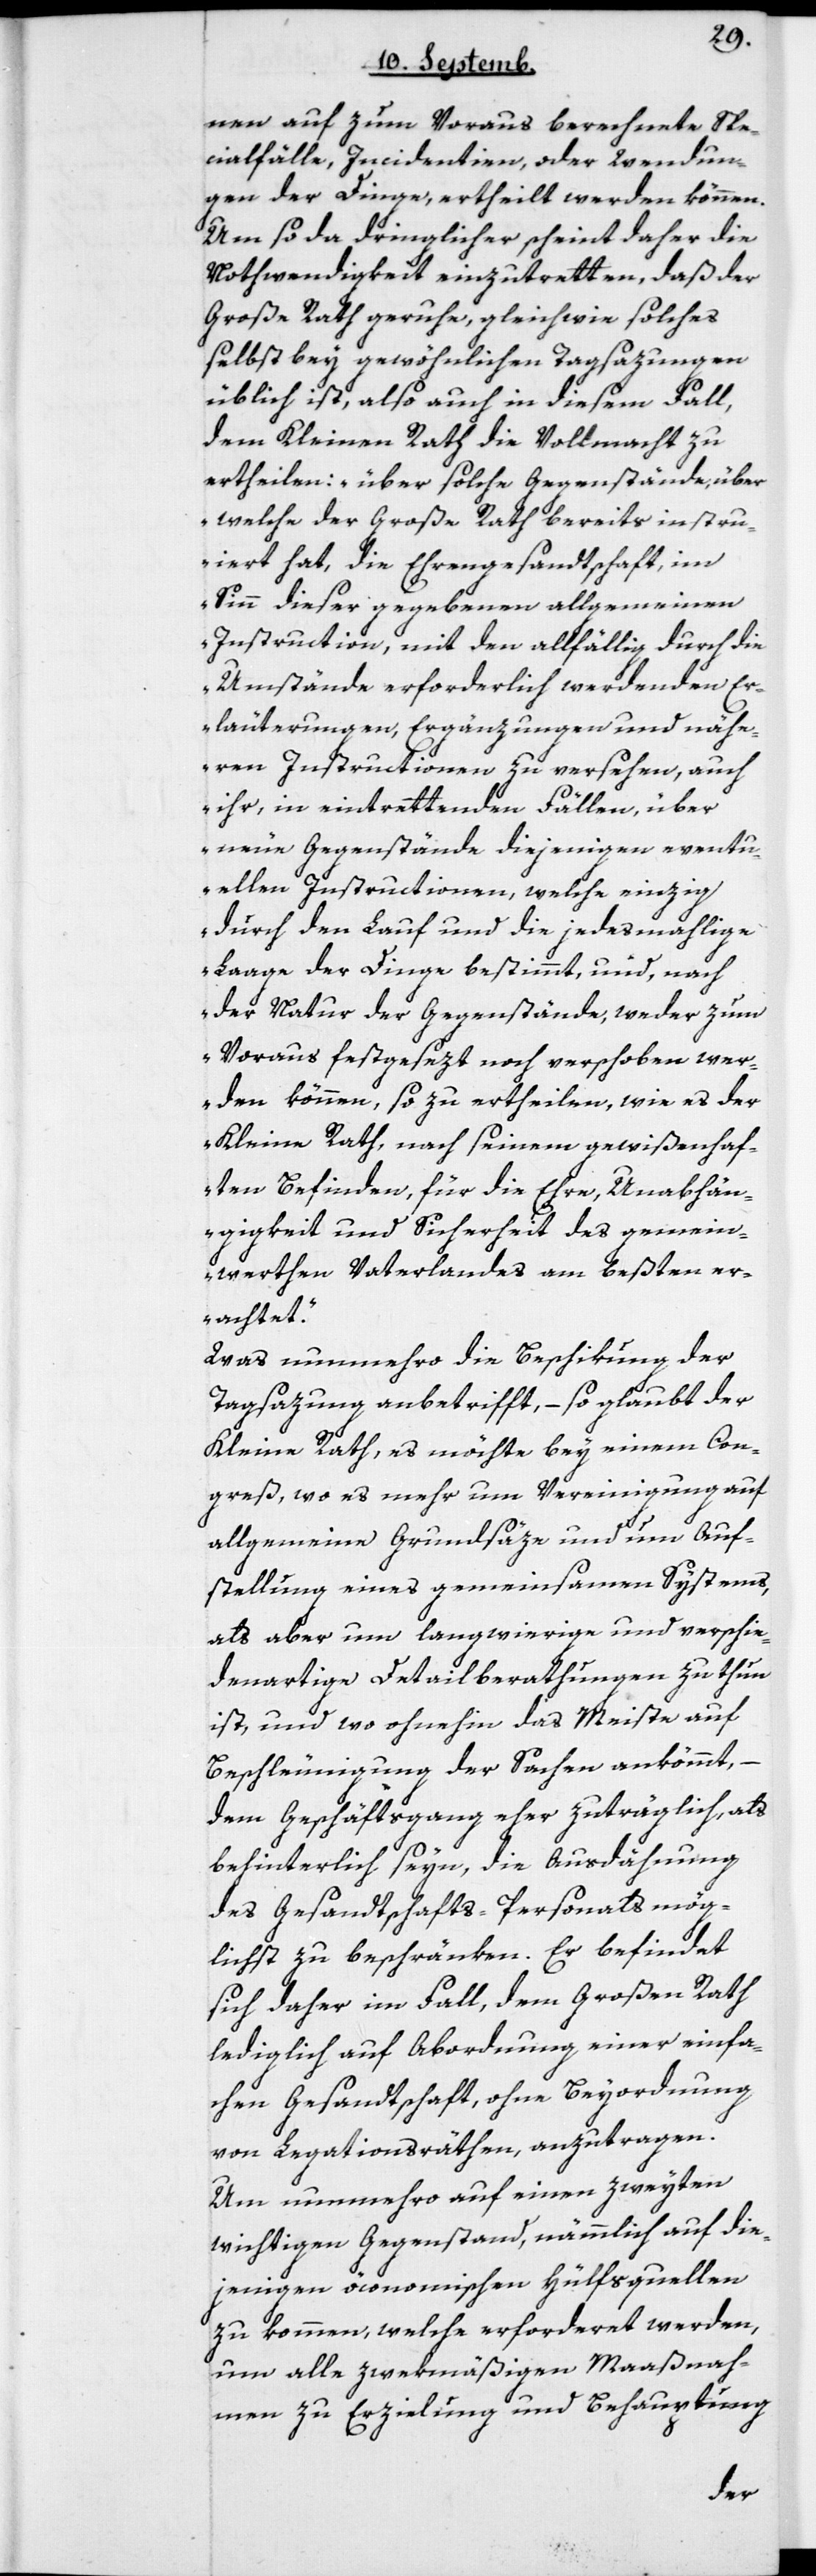
nen auf zum Voraus berechnete Spe¬
cialfälle, Incidentien, oder Wendun¬
gen der Dinge, ertheilt werden können.
Um so da dringlicher scheint daher die
Nothwendigkeit einzutretten, daß der
Große Rath geruhe, gleichwie solches
selbst bey gewöhnlichen Tagsazungen
üblich ist, also auch in diesem Fall,
dem Kleinen Rath die Vollmacht zu
ertheilen: „über solche Gegenstände, über
welche der Große Rath bereits instru¬
iert hat, die Ehrengesandtschaft, im
Sinn dieser gegebenen allgemeinen
Instruction, mit den allfällig durch die
Umstände erforderlich werdenden Er¬
läuterungen, Ergänzungen und nähe¬
ren Instructionen zu versehen, auch
ihr, in eintrettenden Fällen, über
neue Gegenstände diejenigen eventu¬
ellen Instructionen, welche einzig
durch den Lauf und die jedesmahlige
Laage der Dinge bestimmt, und, nach
der Natur der Gegenstände, weder zum
Voraus festgesezt noch verschoben wer¬
den können, so zu ertheilen, wie es der
Kleine Rath, nach seinem gewißenhaf¬
ten Befinden, für die Ehre, Unabhän¬
gigkeit und Sicherheit des gemein¬
werthen Vaterlandes am beßten er¬
achtet“.
Was nunmehro die Beschikung der
Tagsatzung anbetrifft, – so glaubt der
Kleine Rath, es möchte bey einem Con¬
greß, wo es mehr um Vereinigung auf
allgemeine Grundsäze und um Auf¬
stellung eines gemeinsamen Systems,
als aber um langwierige und verschie¬
denartige Detailberathungen zu thun
ist, und wo ohnehin das Meiste auf
Beschleunigung der Sachen ankömmt, –
dem Geschäftsgang eher zuträglich als
behinterlich seyn, die die Ausdähnung
des Gesandtschafts-Personals mög¬
lichst zu beschränken. Er befindet
sich daher im Fall, dem Großen Rath
lediglich auf Abordnung einer einfa¬
chen Gesandtschaft, ohne Beyordnung
von Legationsräthen, anzutragen.
Um nunmehro auf einen zweyten
wichtigen Gegenstand, nämmlich auf die¬
jenigen öconomischen Hülfsquellen
zu kommen, welche erforderet werden,
um alle zwekmäßigen Maaßnah¬
men zu Erzielung und Behauptung